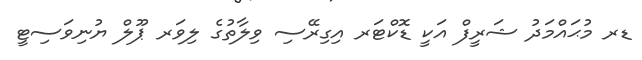
ޑރ މުޙައްމަދު ޝަރީފް އަކީ ޑޮކްޓަރ އިގިރޭސި ވިލާތުގެ ލިވަރ ޕޫލް ޔުނިވަސިޓީ